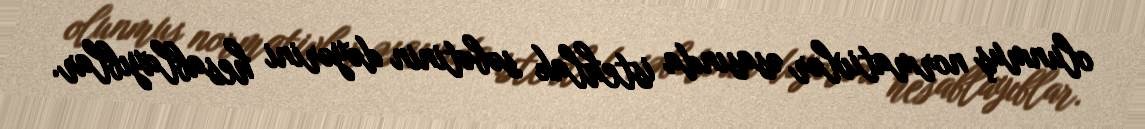
olunmuş normativlər əsasında istehlak səbətinin dəyərini hesablayıblar.